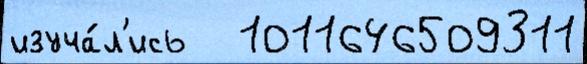
изуча́л'ись   1011646509311